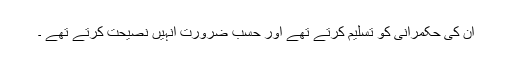
ان کی حکمرانی کو تسلیم کرتے تھے اور حسب ضرورت انہیں نصیحت کرتے تھے ۔